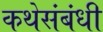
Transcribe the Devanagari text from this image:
कथेसंबंधी